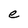
Character: e